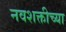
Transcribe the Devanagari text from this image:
नवशक्तीच्या